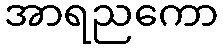
အာရညကော